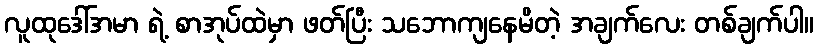
လူထုဒေါ်အမာ ရဲ့ စာအုပ်ထဲမှာ ဖတ်ပြီး သဘောကျနေမိတဲ့ အချက်လေး တစ်ချက်ပါ။